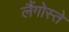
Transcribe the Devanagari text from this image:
लैंगोस्ते